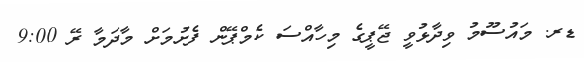
ޑރ. މައުސޫމު ވިދާޅުވީ ޖޭޕީގެ މިހާއްސަ ކެމްޕޭން ފެށުމަށް މާދަމާ ރޭ 9:00